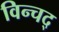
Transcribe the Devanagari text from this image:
विन्चद्